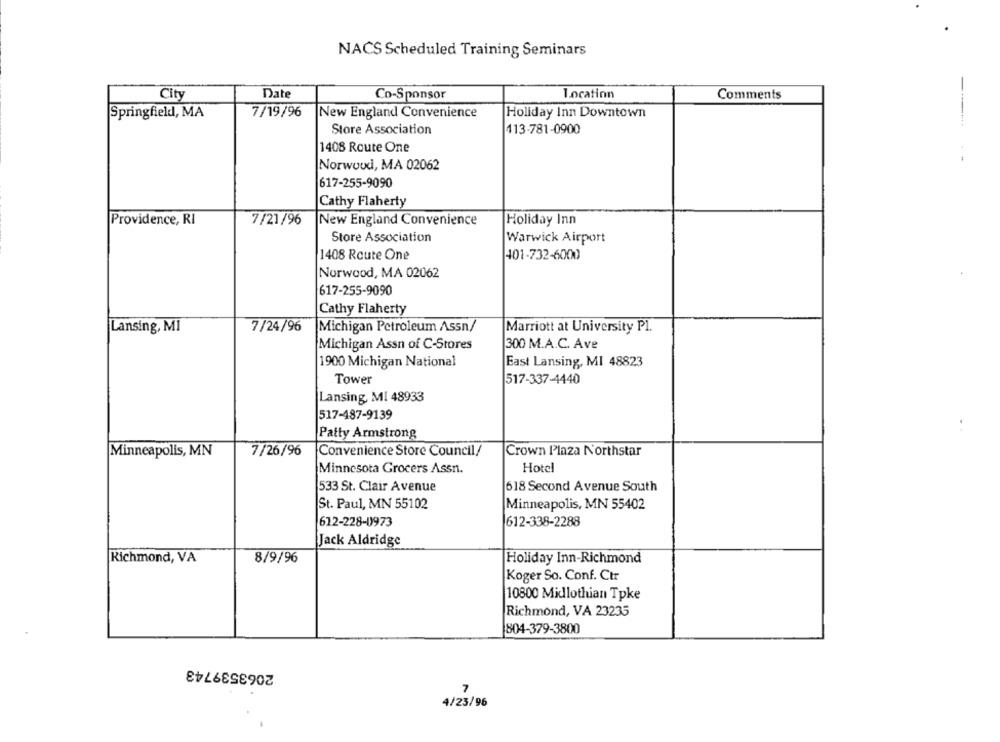
NACS Scheduled Training Seminars
City
Date
Co-Sponsor
Location
Comments
Springfield, MA
7/19/96
New England Convenience
Holiday Inn Downtown
Store Association
413-781-0900
1408 Route One
Norwood, MA 02062
617-255-9090
Cathy Flaherty
Providence, RI
7/21/96
New England Convenience
Holiday Inn
Store Association
Warwick Airport
1408 Route One
401-732-6000
Norwood, MA 02062
617-255-9090
Cathy Flaherty
Lansing, MI
7/24/96
Michigan Petroleum Assn/
Marriott at University Pl.
Michigan Assn of C-Stores
300 M.A.C. Ave
1900 Michigan National
East Lansing, MI 48823
Tower
517-337-4440
Lansing, MI 48933
517-487-9139
Patty Armstrong
Minneapolis, MN
7/26/96
Convenience Store Council/
Crown Plaza Northstar
Minnesota Grocers Assn.
Hotel
533 St. Clair Avenue
618 Second Avenue South
St. Paul, MN 55102
Minneapolis, MN 55402
612-228-0973
612-338-2288
Jack Aldridge
Richmond, VA
8/9/96
Holiday Inn-Richmond
Koger So. Conf. Ctr
10800 Midlothian Tpke
Richmond, VA 23235
804-379-3800
2063539743
7
4/23/96